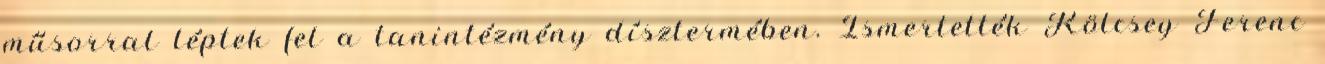
műsorral léptek fel a tanintézmény dísztermében. Ismertették Kölcsey Ferenc